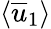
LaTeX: \left<\overline{{u}}_{1}\right>